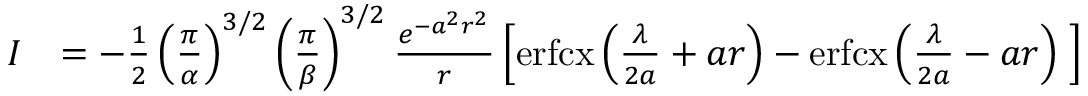
\begin{array} { r l } { I } & { = - \frac { 1 } { 2 } \left( \frac { \pi } { \alpha } \right) ^ { 3 / 2 } \left( \frac { \pi } { \beta } \right) ^ { 3 / 2 } \frac { e ^ { - a ^ { 2 } r ^ { 2 } } } { r } \left[ \mathrm { e r f c x } \left( \frac { \lambda } { 2 a } + a r \right) - \mathrm { e r f c x } \left( \frac { \lambda } { 2 a } - a r \right) \; \right] } \end{array}